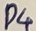
Text: P4